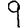
Digit: 9